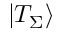
\left| { { T _ { \Sigma } } } \right\rangle